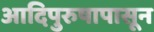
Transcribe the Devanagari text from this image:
आदिपुरुषापासून